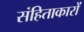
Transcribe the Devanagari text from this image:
संहिताकारों